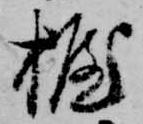
握